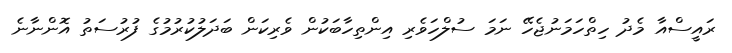
ރައީސްއާ މެދު ހިތްހަމަނުޖެހޭ ނަމަ ސުލްހަވެރި އިންތިހާބަކުން ވެރިކަން ބަދަލުކުރުމުގެ ފުރުސަތު އޮންނާނެ